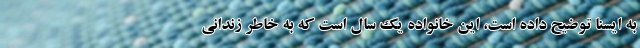
به ایسنا توضیح داده است، این خانواده یک سال است که به خاطر زندانی